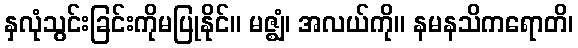
နှလုံသွင်းခြင်းကိုမပြုနိုင်။ မဇ္ဈံ၊ အလယ်ကို။ နမနသိကရောတိ၊